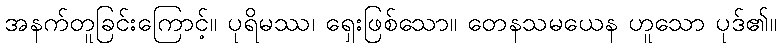
အနက်တူခြင်းကြောင့်။ ပုရိမဿ၊ ရှေးဖြစ်သော။ တေနသမယေန ဟူသော ပုဒ်၏။